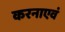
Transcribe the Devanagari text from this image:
करनाएवं